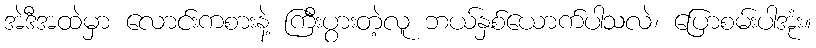
အဲဒီအထဲမှာ လောင်းကစားနဲ့ ကြီးပွားတဲ့လူ ဘယ်နှစ်ယောက်ပါသလဲ၊ ပြောစမ်းပါအုံး။